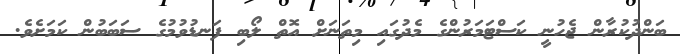
ބަންދުކުރާން ޖެހުނީ ކަސްޓަމަރުންގެ މެދުގައި މިތަނަށް އޮތް ލޯބި ފަނޑުވުމުގެ ސަބަބުން ކަމަށެވެ.